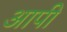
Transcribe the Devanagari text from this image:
आपी